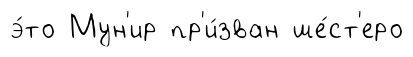
э́то Мун'ир пр'и́зван ше́ст'еро